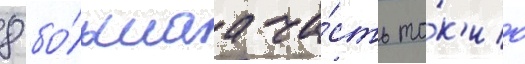
8 бо́льшаа ча́сть то́к'ио